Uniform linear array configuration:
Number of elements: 8
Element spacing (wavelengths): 0.75
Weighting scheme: hann
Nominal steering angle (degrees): -15
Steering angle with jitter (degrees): -15.072
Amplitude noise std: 0.05
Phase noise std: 0.05

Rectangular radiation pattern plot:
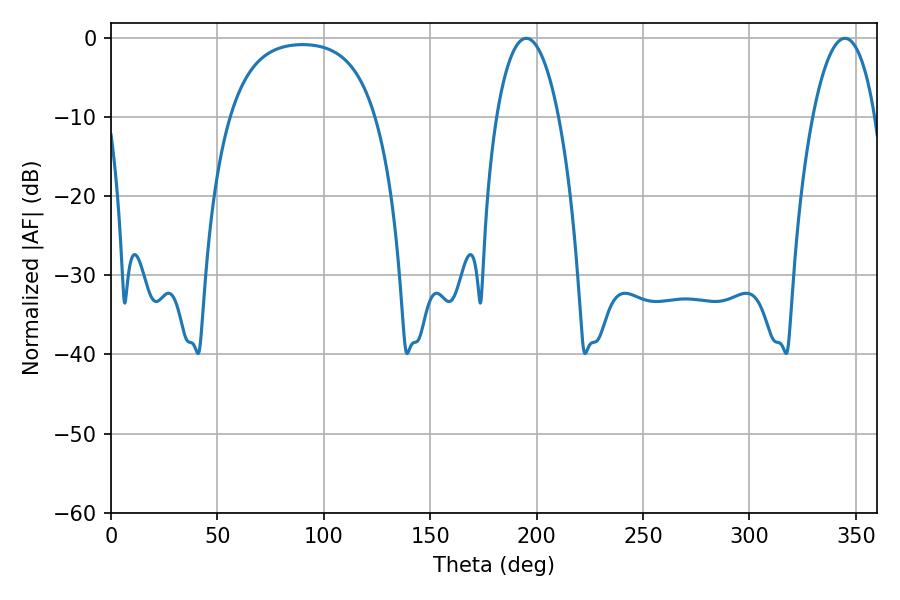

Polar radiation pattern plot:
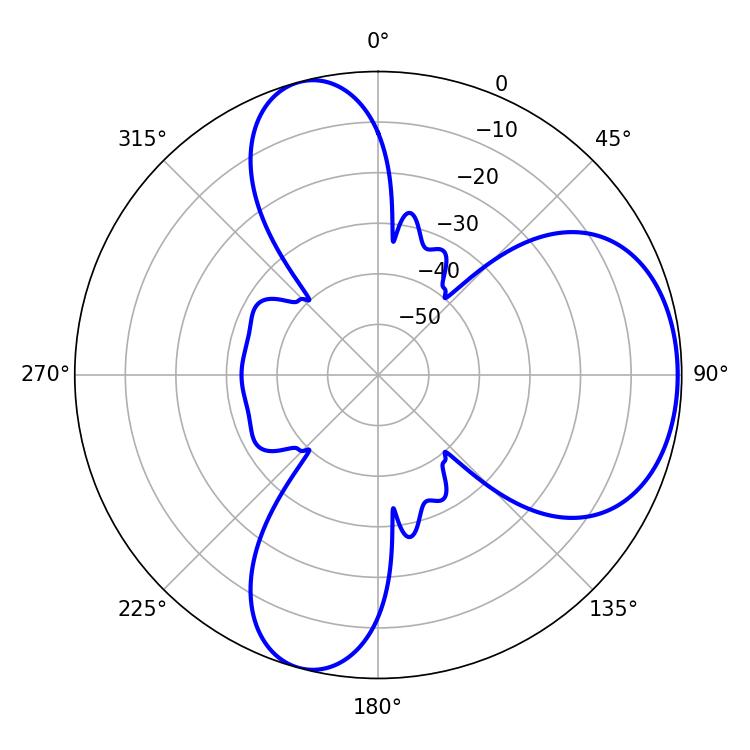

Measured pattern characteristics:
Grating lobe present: TRUE
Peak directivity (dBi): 6.119
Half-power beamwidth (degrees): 16.38
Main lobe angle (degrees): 195.12